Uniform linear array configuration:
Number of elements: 24
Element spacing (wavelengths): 0.25
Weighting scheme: uniform
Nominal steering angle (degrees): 0
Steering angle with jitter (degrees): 1.187
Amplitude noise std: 0.05
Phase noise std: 0.05

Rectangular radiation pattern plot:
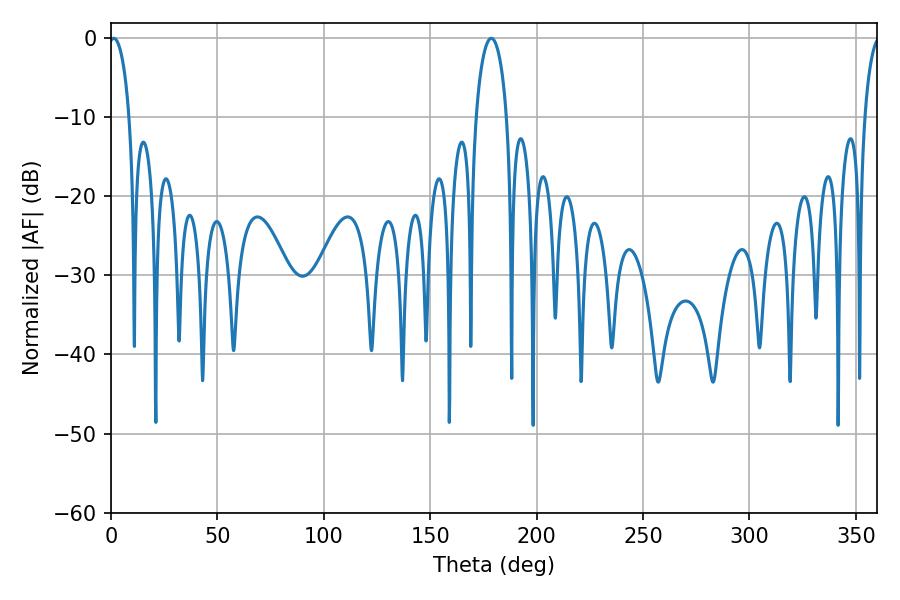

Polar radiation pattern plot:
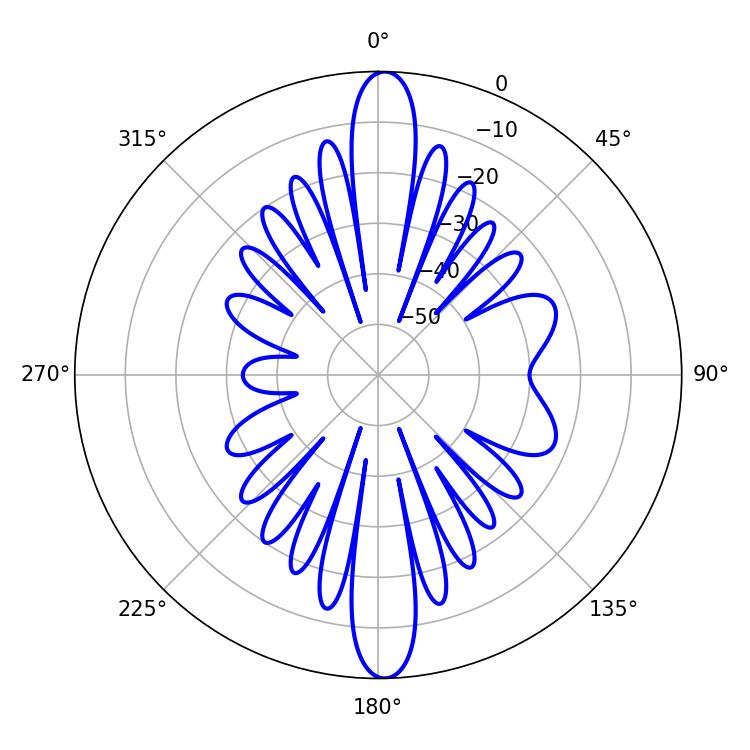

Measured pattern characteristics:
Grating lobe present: FALSE
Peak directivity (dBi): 23.464
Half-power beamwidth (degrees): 5.4
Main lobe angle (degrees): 1.26